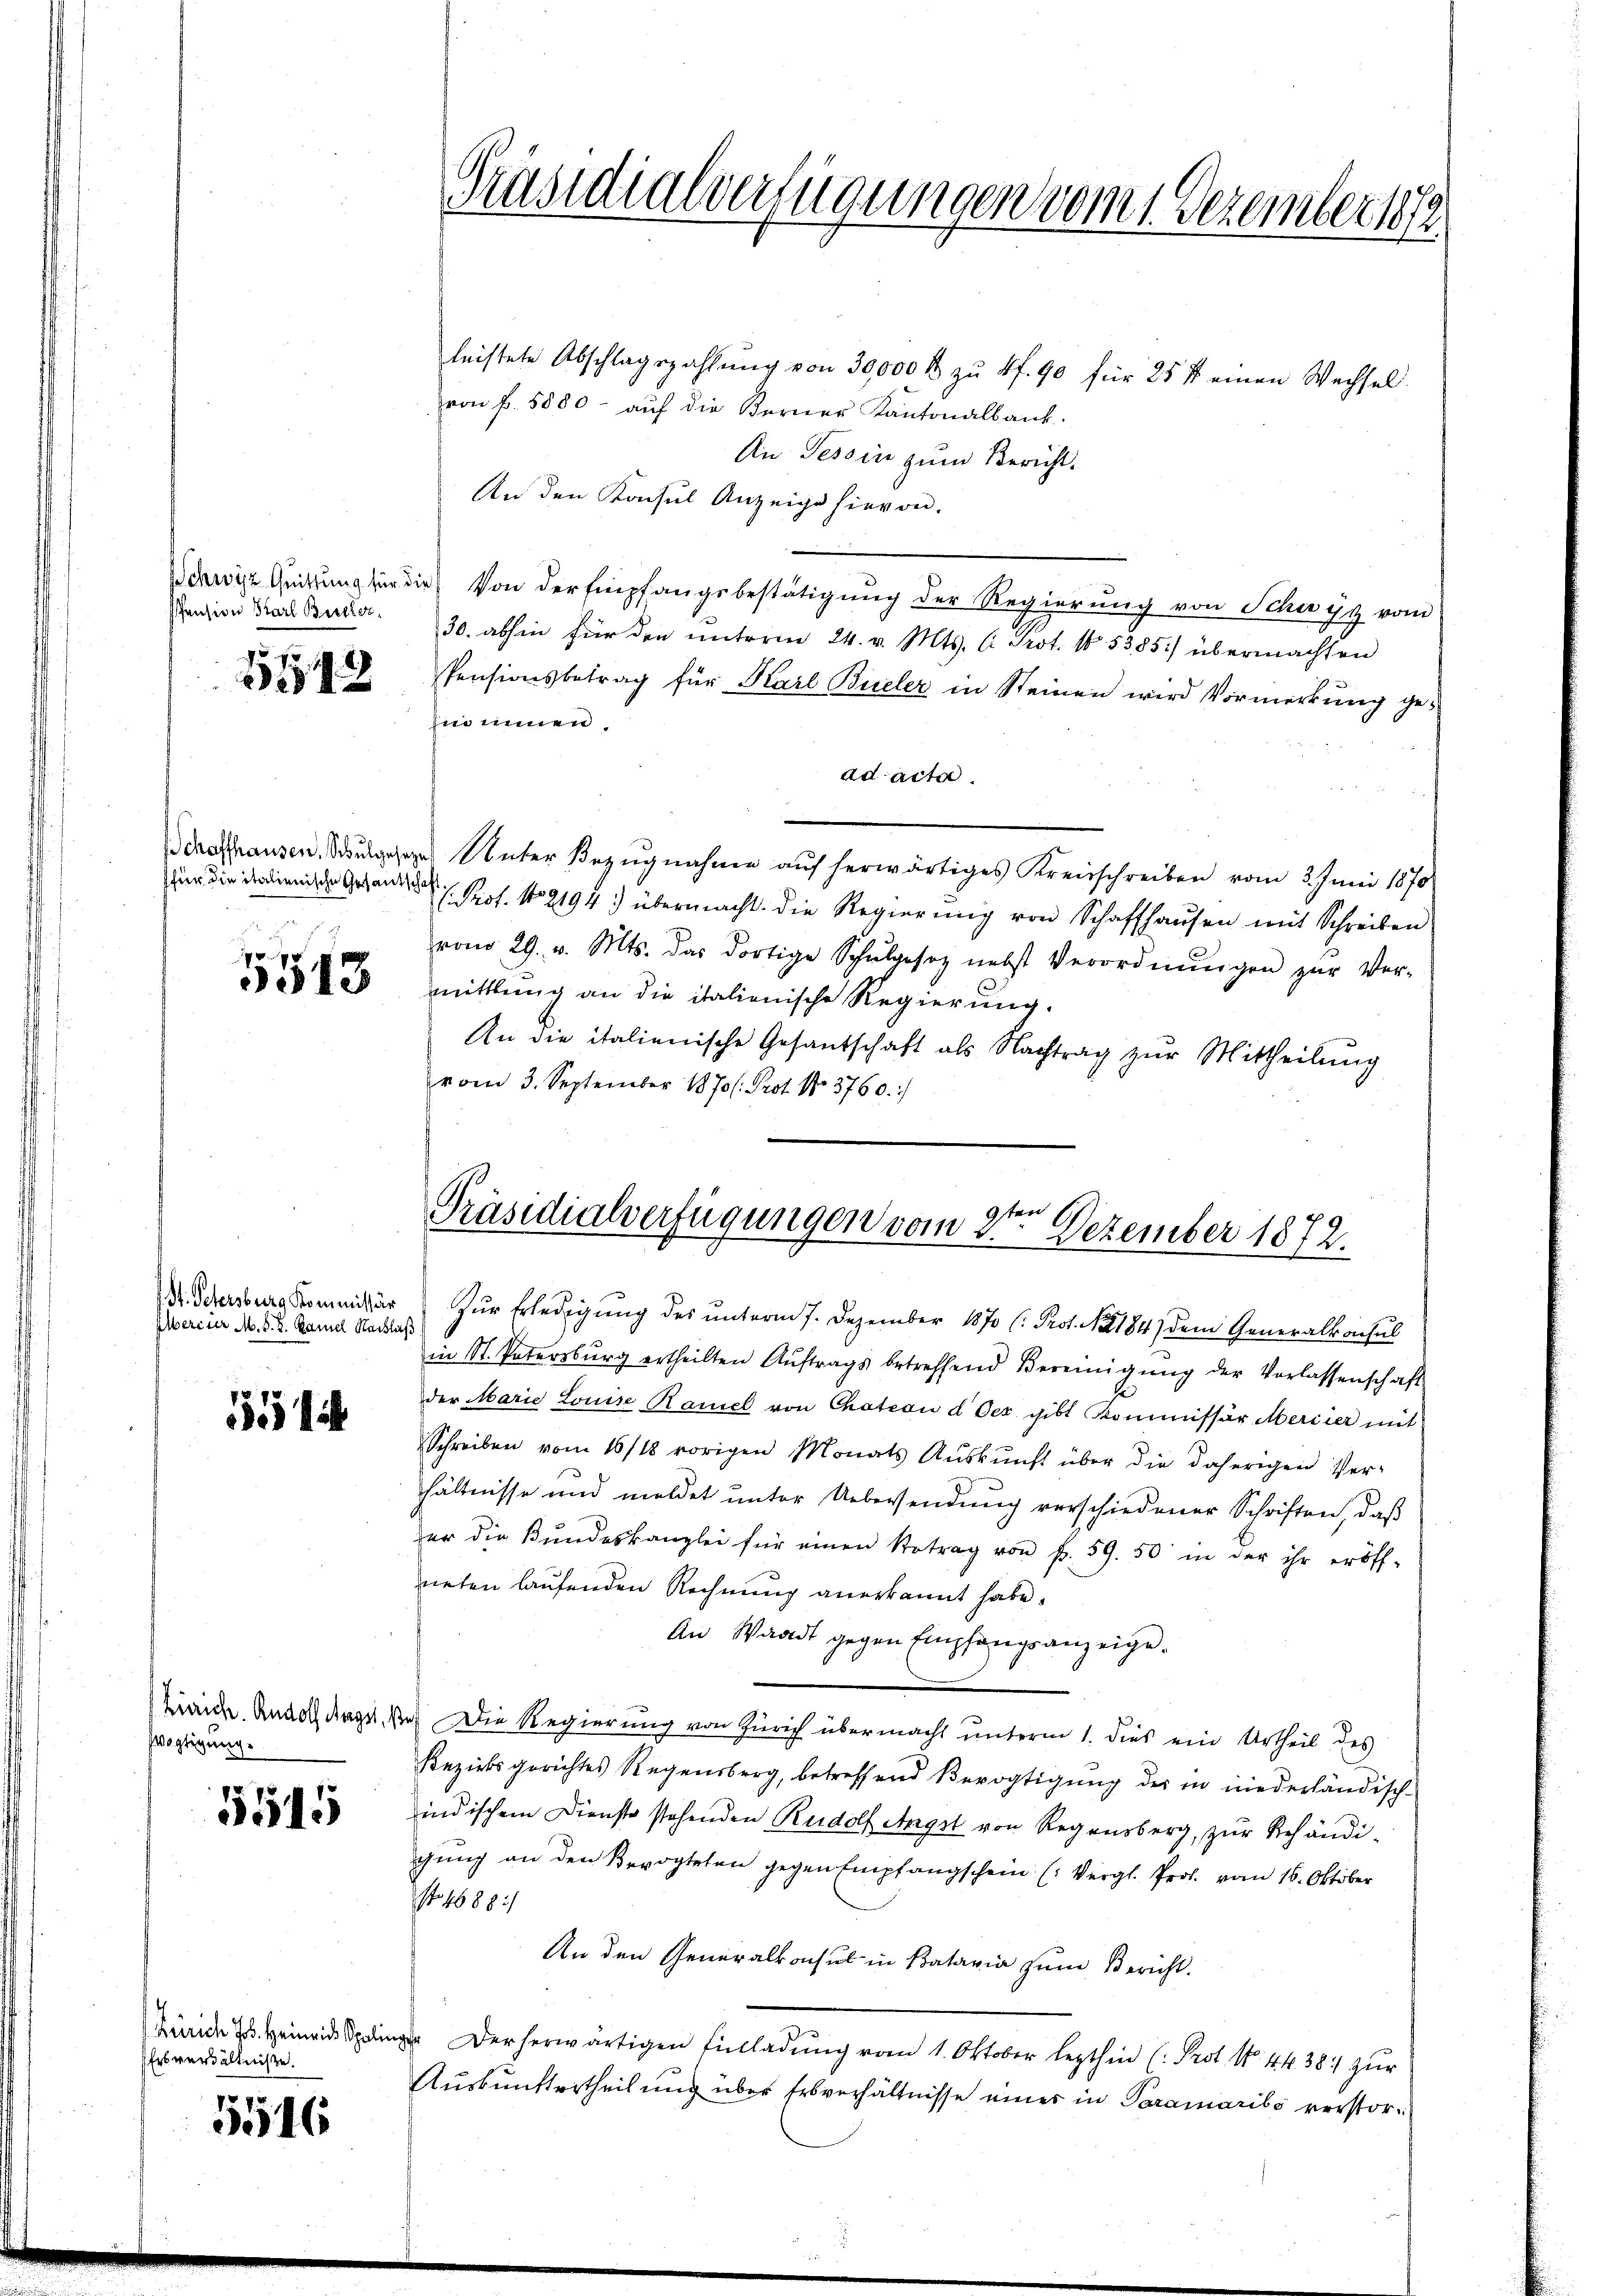
Schwyz Quittung für die
Pension Starl Bretter,

15542

für die italienische Gesandscha

5548

St. Petersburg Kommissär
Elbereier M. D. R. Ramel Nachlich

1

Zürich. Rudolf Aeget, s
Wägtigung.

5545

Zürich Jos. Heinrich Spali
Erbverhältniße.

55546

Präsidialverfügungen vom 1. Dezember 1879

leistete Abschlagszahlung von 30,000 fl zu 4 f. 90 für 25 st einen Wechsel.
von f. 5880- aŭf die Berner Kantonalbank.
An Tessin zum Bericht.
An den Konsul Anzeige hievon.
 Von der Empfangsbestätigung der Regierŭng von Schwyz vom
30. abhin für den ŭnterm 24. v. Mts. C. Prot. N. 5385) übermachten
Pensionsbetrag für Karl Büeler in Steinen wird Vormerkung gehin innen,
ad acta.
Schaffhausen. Schulgen Unter Bezugnahme auf herwärtiges Kreisschreiben vom 2. Juni 1870
d. h. Prot. No. 2194) übermacht. Die Regierŭng von Schaffhaŭsen mit Schreiben
vom 29. v. Mts. das dortige Schŭlgesez nebst Verordnŭngen zŭr Ver-
mittlung an die italienische Regierung.
An die italienische Gesantschaft als Nachtrag zŭr Mittheilŭng
vom 3. September 1870/: Prot. No. 3760.)

9sten
Präsidialverfügungen vom 3. Dezember 1872.

Zŭr Erledigung des unterm 7. Dezember 1870 (: Prot. N. 184) dem Generalkonsul
in St. Vatersburg ertheilten Aŭftrags betreffend Vereinigŭng der Verlassenschaft
der Maria Louise Ramel von Chation d Oer gibt Kommissär Mercier mit
Schreiben vom 16/18 vorigen Monats Aŭskŭnft über die daherigen Ver-
hältnisse und meldet ŭnter Uebersendŭng verschiedener Schriften, daβ
er die Bŭndeskanzlei für einen Betrag von f. 59. 50 in der ihr eröff-
neten laufenden Rechnung anerkannt habe.
An Waadt gegen Empfangsanzeige.
2 Die Regierung von Zürich übermacht unterm 1. dies ein Urtheil des
Bezirksgerichtes Regensberg, betreffend Bevogtigung der in niederländisch-
indischem Dienste stehenden Rudolf Angst von Regensberg, zŭr Rehändi-
gŭng an den Bevogteten gegen Empfangschein (Vergl. Prof. vom 16. Oktober
t. 1688/
An den Generalkonsul in Kataria zum Bericht.
da Derherwärtigen Einladŭng vom 1. Oktober lezthin (: Prot. No. 44. 387 zur
Auskunftertheilung über Erbverhältnisse eines in Paramarits verstor¬